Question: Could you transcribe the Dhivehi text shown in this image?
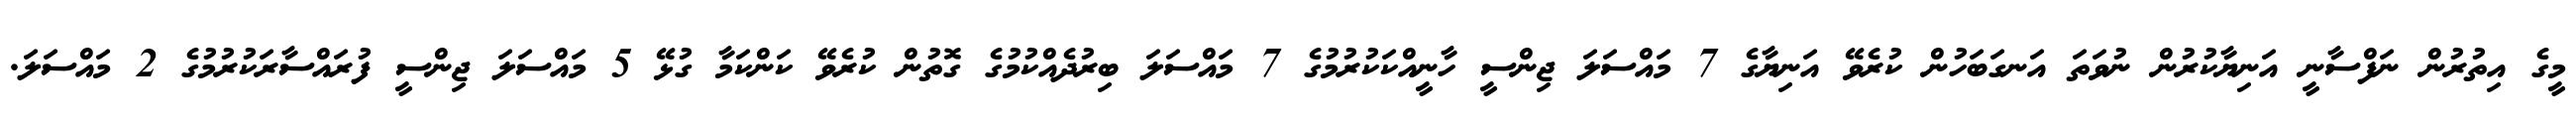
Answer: މީގެ އިތުރުން ނަފްސާނީ އަނިޔާކުރުން ނުވަތަ އަނގަބަހުން ކުރެވޭ އަނިޔާގެ 7 މައްސަލަ ޖިންސީ ހާނީއްކަކުރުމުގެ 7 މައްސަލަ ބިރުދެއްކުމުގެ ގޮތުން ކުރެވޭ ކަންކަމާ ގުޅޭ 5 މައްސަލަ ޖިންސީ ފުރައްސާރަކުރުމުގެ 2 މައްސަލަ.